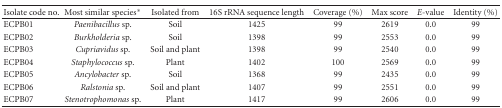
| Isolate code no. | Most similar species* | Isolated from | 16S rRNA sequence length | Coverage (%) | Max score | E-value | Identity (%) |
 | --- | --- | --- | --- | --- | --- | --- | --- |
 | ECPB01 | Paenibacillus sp. | Soil | 1425 | 99 | 2619 | 0.0 | 99 |
 | ECPB02 | Burkholderia sp. | Soil | 1398 | 99 | 2553 | 0.0 | 99 |
 | ECPB03 | Cupriavidus sp. | Soil and plant | 1398 | 99 | 2540 | 0.0 | 99 |
 | ECPB04 | Staphylococcus sp. | Plant | 1402 | 100 | 2569 | 0.0 | 99 |
 | ECPB05 | Ancylobacter sp. | Soil | 1368 | 99 | 2435 | 0.0 | 99 |
 | ECPB06 | Ralstonia sp. | Soil and plant | 1407 | 99 | 2551 | 0.0 | 99 |
 | ECPB07 | Stenotrophomonas sp. | Plant | 1417 | 99 | 2606 | 0.0 | 99 |